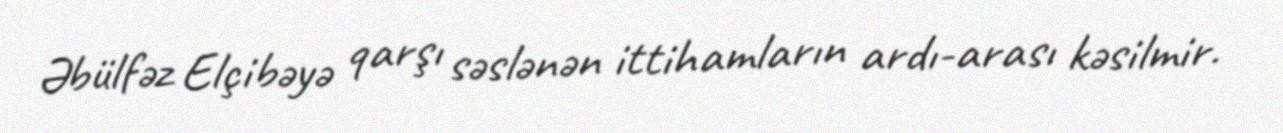
Əbülfəz Elçibəyə qarşı səslənən ittihamların ardı-arası kəsilmir.